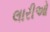
લારીઓ